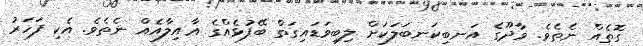
ގޮތެއް ނެތެވެ. ވާދޫގެ އަނބިކަނބަލަކަށް ލިބިވަޑައިގަތް ބޭފުޅެއްގެ ޢާއިލާއެއް ނެތެވެ. އެކި ފަހަރު